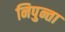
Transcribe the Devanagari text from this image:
निपुन्ता